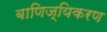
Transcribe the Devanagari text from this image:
बाणिज्यिकरण